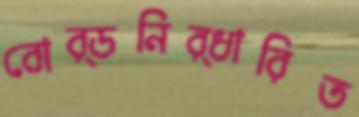
বোর্ডনির্ধারিত